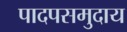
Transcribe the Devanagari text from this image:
पादपसमुदाय